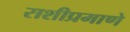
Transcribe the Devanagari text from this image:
राशीप्रमाणे